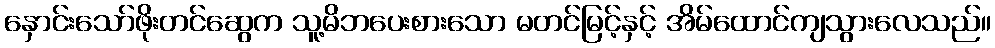
နှောင်းသော်ဖိုးတင်ဆွေက သူ့မိဘပေးစားသော မတင်မြင့်နှင့် အိမ်ထောင်ကျသွားလေသည်။